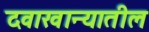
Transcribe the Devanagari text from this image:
दवाखान्यातील